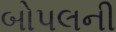
બોપલની